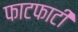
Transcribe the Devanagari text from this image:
फाटफाटी